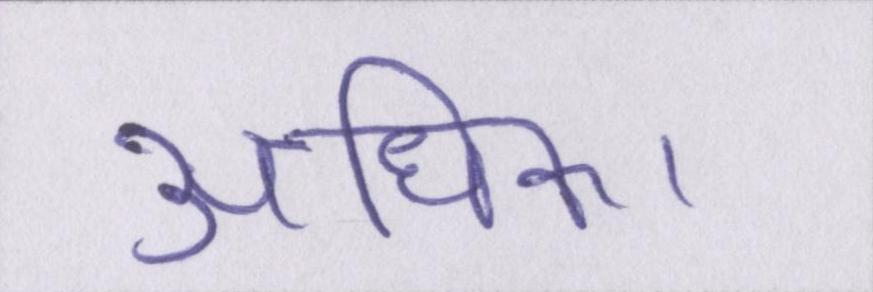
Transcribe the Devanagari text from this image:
अधिक।